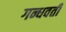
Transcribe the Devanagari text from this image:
गन्धवती